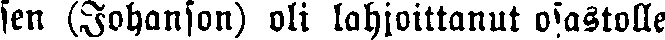
sen (Johanson) oli lahjoittanut osastolle